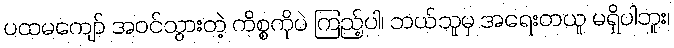
ပထမကျော် အဝင်သွားတဲ့ ကိစ္စကိုပဲ ကြည့်ပါ၊ ဘယ်သူမှ အရေးတယူ မရှိပါဘူး၊